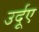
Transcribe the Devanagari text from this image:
उर्दूए